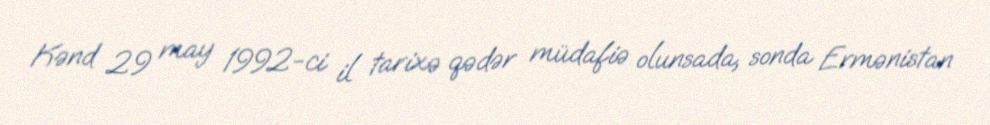
Kənd 29 may 1992-ci il tarixə qədər müdafiə olunsada, sonda Ermənistan